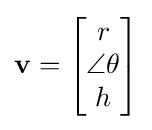
\mathbf {v} ={\begin{bmatrix}r\\\angle \theta \\h\end{bmatrix}}